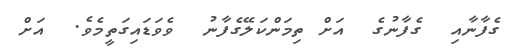
ގެފާނާއި  ގެފާނުގެ  އަށް ތިމަންކަލޭގެފާނު  ވެވަޑައިގަތީމެވެ.  އަށް